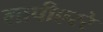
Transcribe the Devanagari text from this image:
लापीएररे